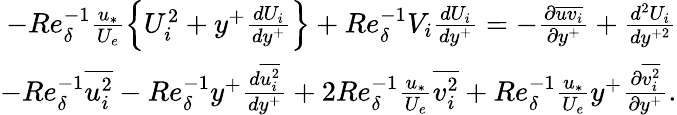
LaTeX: \begin{array}{r}{-Re_{\delta}^{-1}\frac{u_{*}}{U_{e}}\Big\{ U_{i}^{2}+y^{+}\frac{dU_{i}}{dy^{+}}\Big\} +Re_{\delta}^{-1}V_{i}\frac{dU_{i}}{dy^{+}}=-\frac{\partial\overline{{uv_{i}}}}{\partial y^{+}}+\frac{d^{2}U_{i}}{dy^{+2}}}\\ {-Re_{\delta}^{-1}\overline{{u_{i}^{2}}}-Re_{\delta}^{-1}y^{+}\frac{d\overline{{u_{i}^{2}}}}{dy^{+}}+2Re_{\delta}^{-1}\frac{u_{*}}{U_{e}}\overline{{v_{i}^{2}}}+Re_{\delta}^{-1}\frac{u_{*}}{U_{e}}y^{+}\frac{\partial\overline{{v_{i}^{2}}}}{\partial y^{+}}.}\end{array}